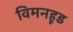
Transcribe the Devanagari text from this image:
विमनहूड